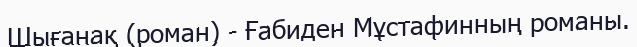
Шығанақ (роман) - Ғабиден Мұстафинның романы.